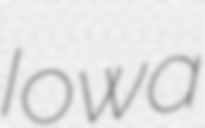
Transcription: Iowa